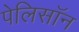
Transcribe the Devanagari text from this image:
पेलिसॉन